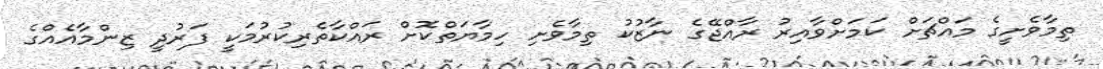
ތިމާވެށީގެ މައްޗަށް ކަމަށްވާއިރު ރާއްޖޭގެ ނާޒުކު ތިމާވެށި ހިމާޔަތްކޮށް ރައްކާތެރިކުރުމަކީ ފަރުދީ ޒިންމާއެއްގެ